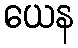
ယေန